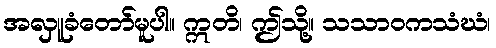
အလှူခံတော်မူပါ။ ဣတိ၊ ဤသို့။ သသာဝကသံဃံ၊